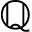
\mathbb { Q }